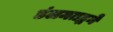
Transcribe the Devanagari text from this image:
डंलमतद्धने